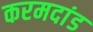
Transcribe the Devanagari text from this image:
करमदांड